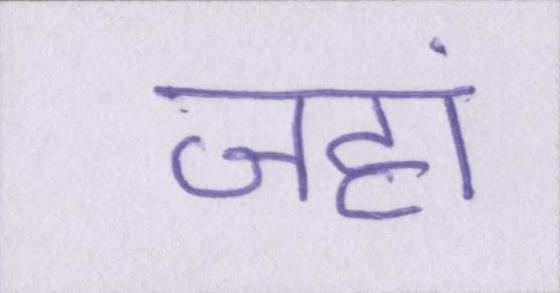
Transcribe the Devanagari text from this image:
जहां